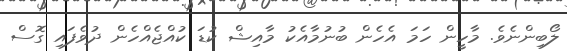
ލޯބިންނެވެ. މާހީން ހަމަ އެހެން ބުނުމާއެކު މާއިޝް ކުޑަ ކުއްޖެއްހެން ދުވެފައި ގޮސް